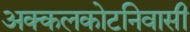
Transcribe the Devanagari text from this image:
अक्कलकोटनिवासी